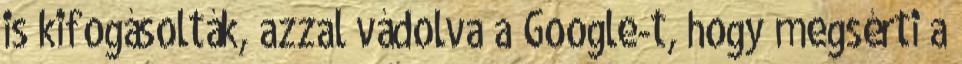
is kifogásolták, azzal vádolva a Google-t, hogy megsérti a